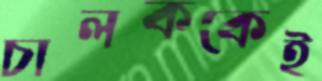
চালককেই